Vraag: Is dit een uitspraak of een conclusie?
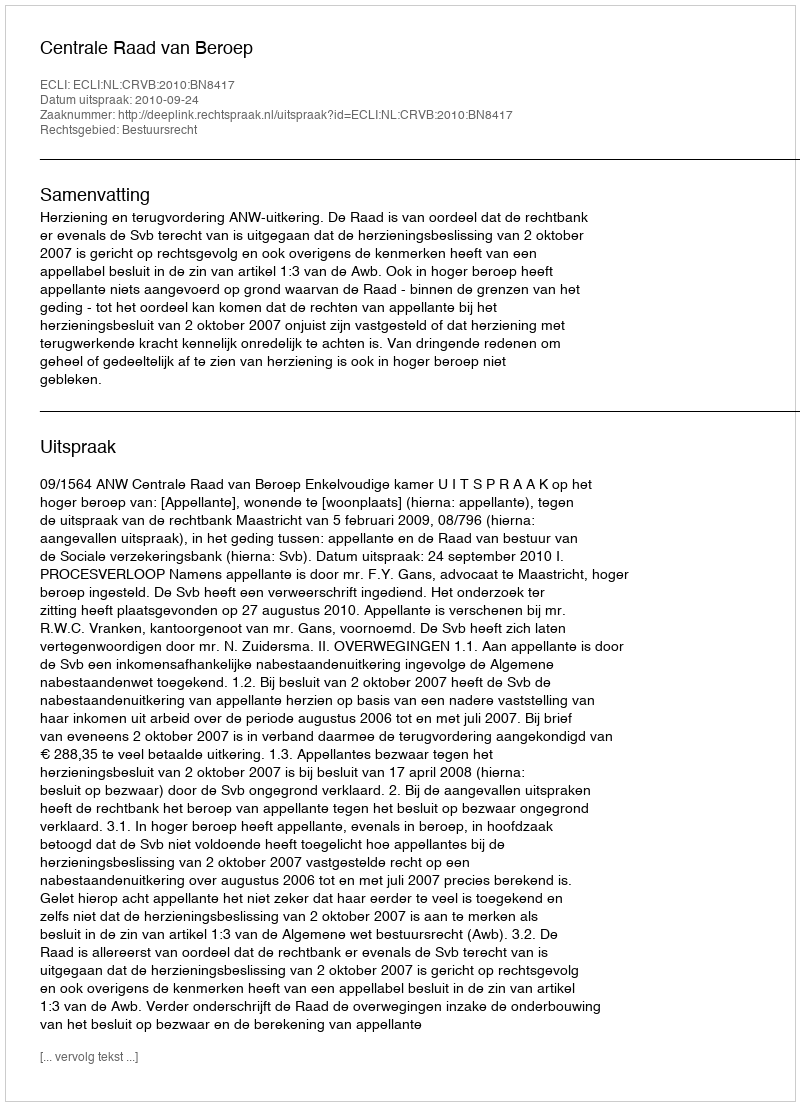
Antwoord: Uitspraak